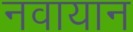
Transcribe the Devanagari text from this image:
नवायान